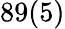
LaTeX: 89(5)